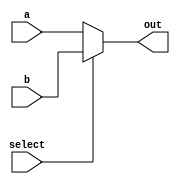
module MUX5bit (
    input wire [4:0] a,
    input wire [4:0] b,
    input wire select,
    output wire [4:0] out
);
    assign out = (select) ? b : a;
endmodule